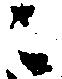
ニ